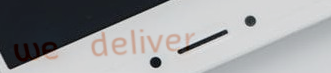
we deliver